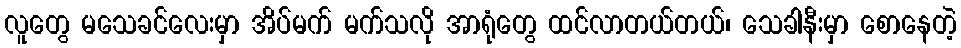
လူတွေ မသေခင်လေးမှာ အိပ်မက် မက်သလို အာရုံတွေ ထင်လာတယ်တယ်၊ သေခါနီးမှာ စောနေတဲ့